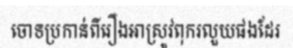
ចោទប្រកាន់ពីរឿងអាស្រូវពុករលួយផងដែរ